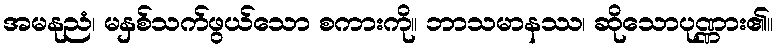
အမနုညံ၊ မနှစ်သက်ဖွယ်သော စကားကို။ ဘာသမာနဿ၊ ဆိုသောပုဏ္ဏား၏။